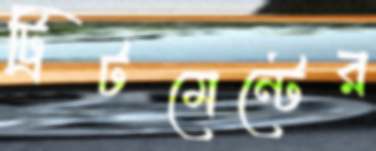
ট্রিটমেন্টের